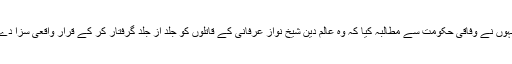
اُنہوں نے وفاقی حکومت سے مطالبہ کیا کہ وہ عالم دین شیخ نواز عرفانی کے قاتلوں کو جلد از جلد گرفتار کر کے قرار واقعی سزا دے۔